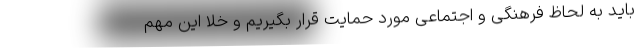
باید به لحاظ فرهنگی و اجتماعی مورد حمایت قرار بگیریم و خلا این مهم